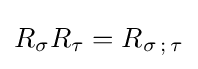
R_{\sigma }R_{\tau }=R_{\sigma \,;\,\tau }